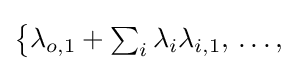
{\textstyle {\bigl \{}\lambda _{o,1}+\sum _{i}\lambda _{i}\lambda _{i,1},\,\dots ,\,{}}